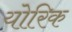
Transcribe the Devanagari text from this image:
योरिक